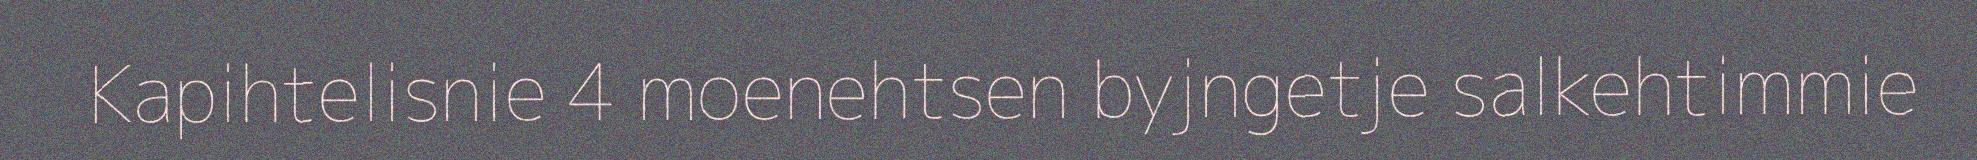
Kapihtelisnie 4 moenehtsen byjngetje salkehtimmie